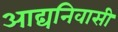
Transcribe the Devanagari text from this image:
आद्यनिवासी